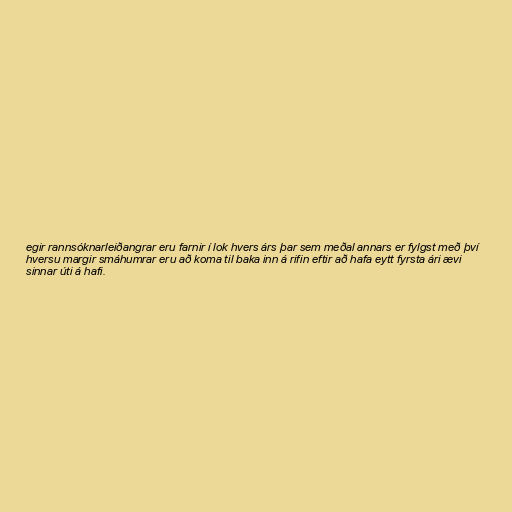
egir rannsóknarleiðangrar eru farnir í lok hvers árs þar sem meðal annars er fylgst með því
hversu margir smáhumrar eru að koma til baka inn á rifin eftir að hafa eytt fyrsta ári ævi
sinnar úti á hafi.